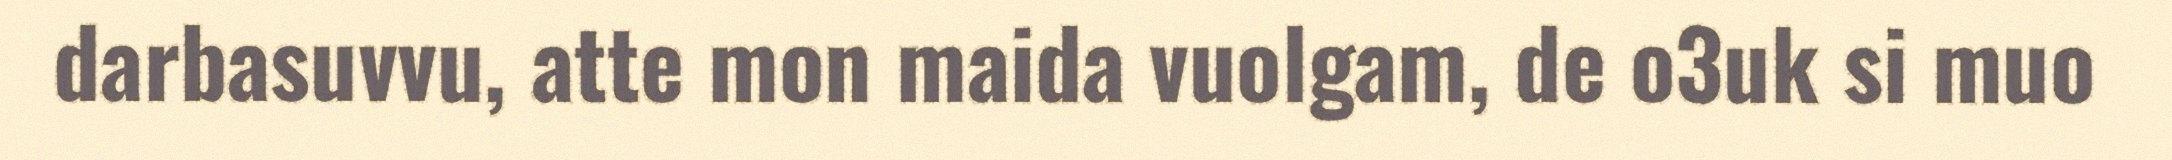
darbasuvvu, atte mon maida vuolgam, de o3uk si muo